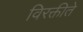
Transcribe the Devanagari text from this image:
विरक्तीते